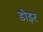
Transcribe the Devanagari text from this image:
डोइर